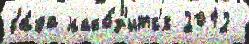
ба́ка нахо́д'итс'я 2012